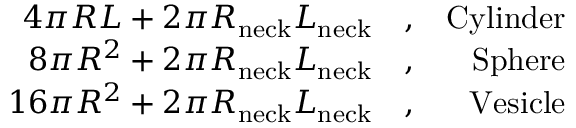
\begin{array} { r l r } { 4 \pi R L + 2 \pi R _ { \mathrm { n e c k } } L _ { \mathrm { n e c k } } } & { { } , } & { \mathrm { C y l i n d e r } } \\ { 8 \pi R ^ { 2 } + 2 \pi R _ { \mathrm { n e c k } } L _ { \mathrm { n e c k } } } & { { } , } & { \mathrm { S p h e r e } } \\ { 1 6 \pi R ^ { 2 } + 2 \pi R _ { \mathrm { n e c k } } L _ { \mathrm { n e c k } } } & { { } , } & { \mathrm { V e s i c l e } } \end{array}